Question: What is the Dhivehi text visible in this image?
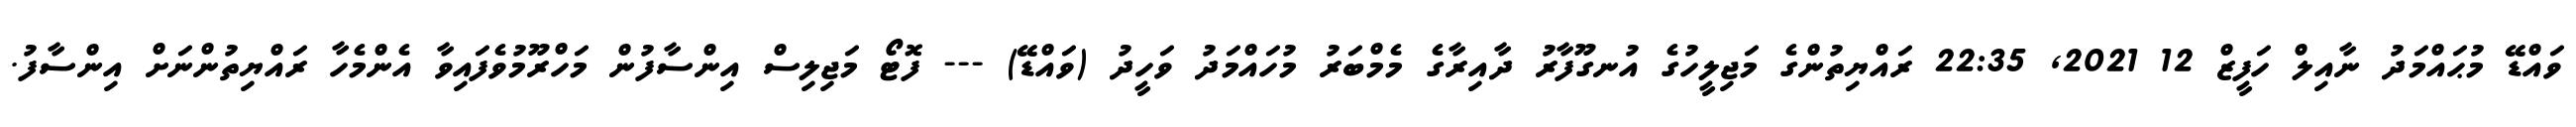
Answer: ވައްޑޭ މުޙައްމަދު ނާއިލް ހަފީޒް 12 2021, 22:35 ރައްޔިތުންގެ މަޖިލީހުގެ އުނގޫފާރު ދާއިރާގެ މެމްބަރު މުހައްމަދު ވަހީދު (ވައްޑޭ) --- ފޮޓޯ މަޖިލިސް އިންސާފުން މަހްރޫމުވެފައިވާ އެންމެހާ ރައްޔިތުންނަށް އިންސާފު.